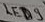
Text: LED9